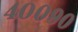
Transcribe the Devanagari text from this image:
४००९०